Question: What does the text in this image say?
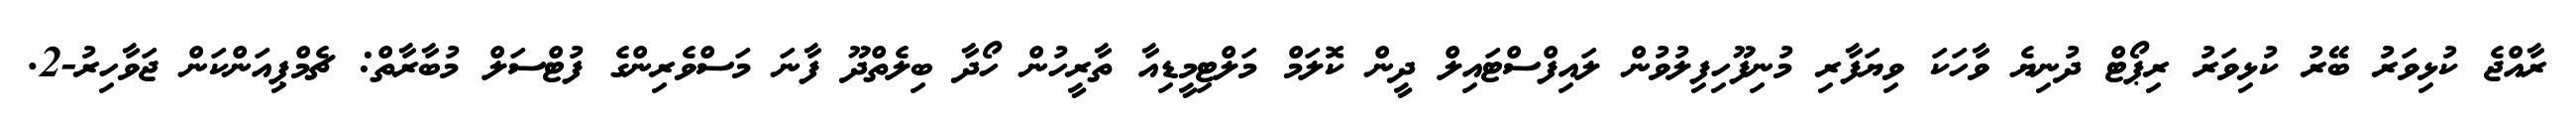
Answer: ރާއްޖެ ކުޅިވަރު ބޭރު ކުޅިވަރު ރިޕޯޓް ދުނިޔެ ވާހަކަ ވިޔަފާރި މުނިފޫހިފިލުވުން ލައިފްސްޓައިލް ދީން ކޮލަމް މަލްޓިމީޑިއާ ތާރީހުން ހޯދާ ބިލެތްދޫ ފާނަ މަސްވެރިންގެ ފުޓްސަލް މުބާރާތް: ޗެމްޕިއަންކަން ޖަވާހިރު-2.